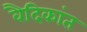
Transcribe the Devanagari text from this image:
वैदिकांत